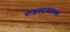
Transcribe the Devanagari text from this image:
पांडवदर्‍यामध्ये